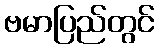
ဗမာပြည်တွင်